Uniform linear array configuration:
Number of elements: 48
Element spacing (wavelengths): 0.75
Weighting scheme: binomial
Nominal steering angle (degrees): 0
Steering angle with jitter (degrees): -1.366
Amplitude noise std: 0.05
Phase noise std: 0.05

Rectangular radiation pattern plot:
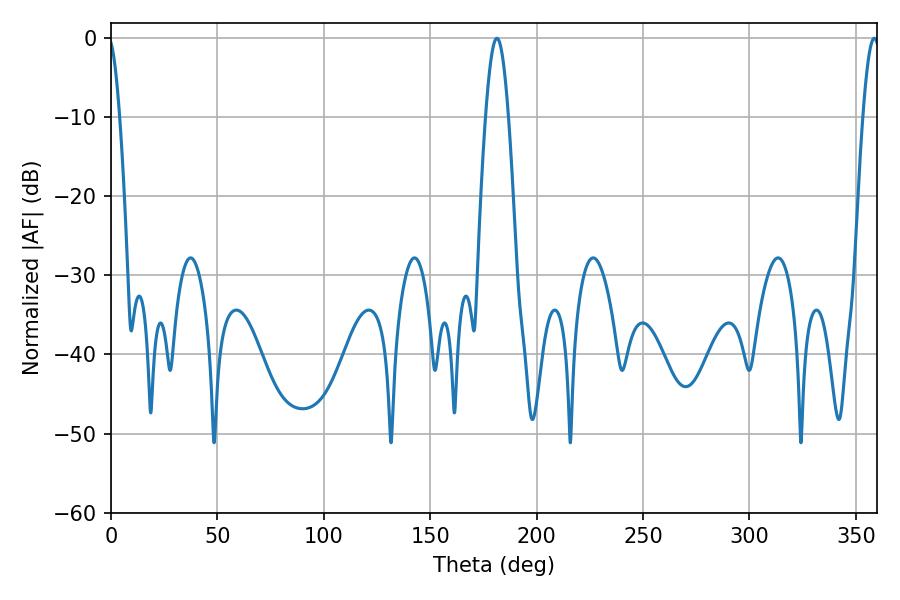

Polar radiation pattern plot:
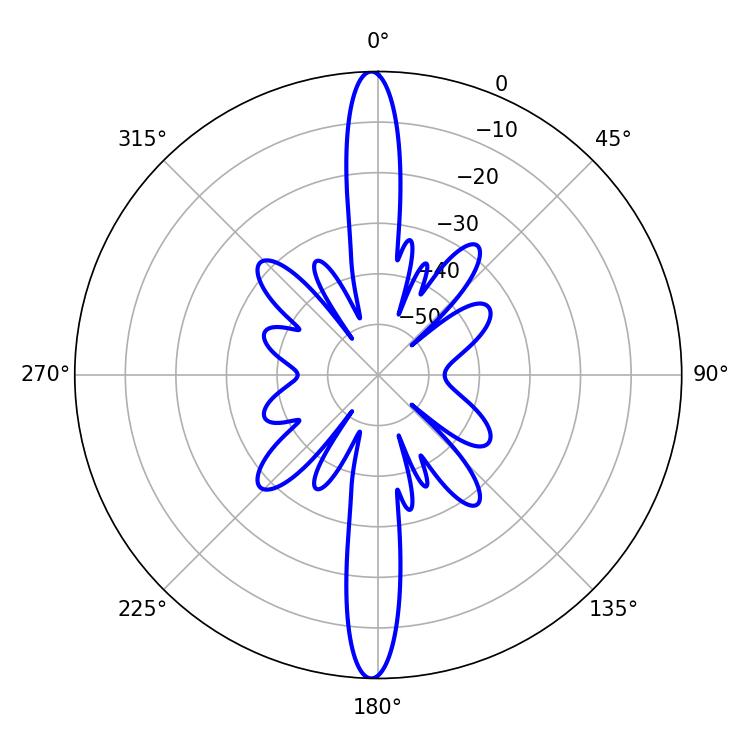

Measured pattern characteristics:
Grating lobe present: TRUE
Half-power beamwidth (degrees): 5.76
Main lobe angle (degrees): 181.26